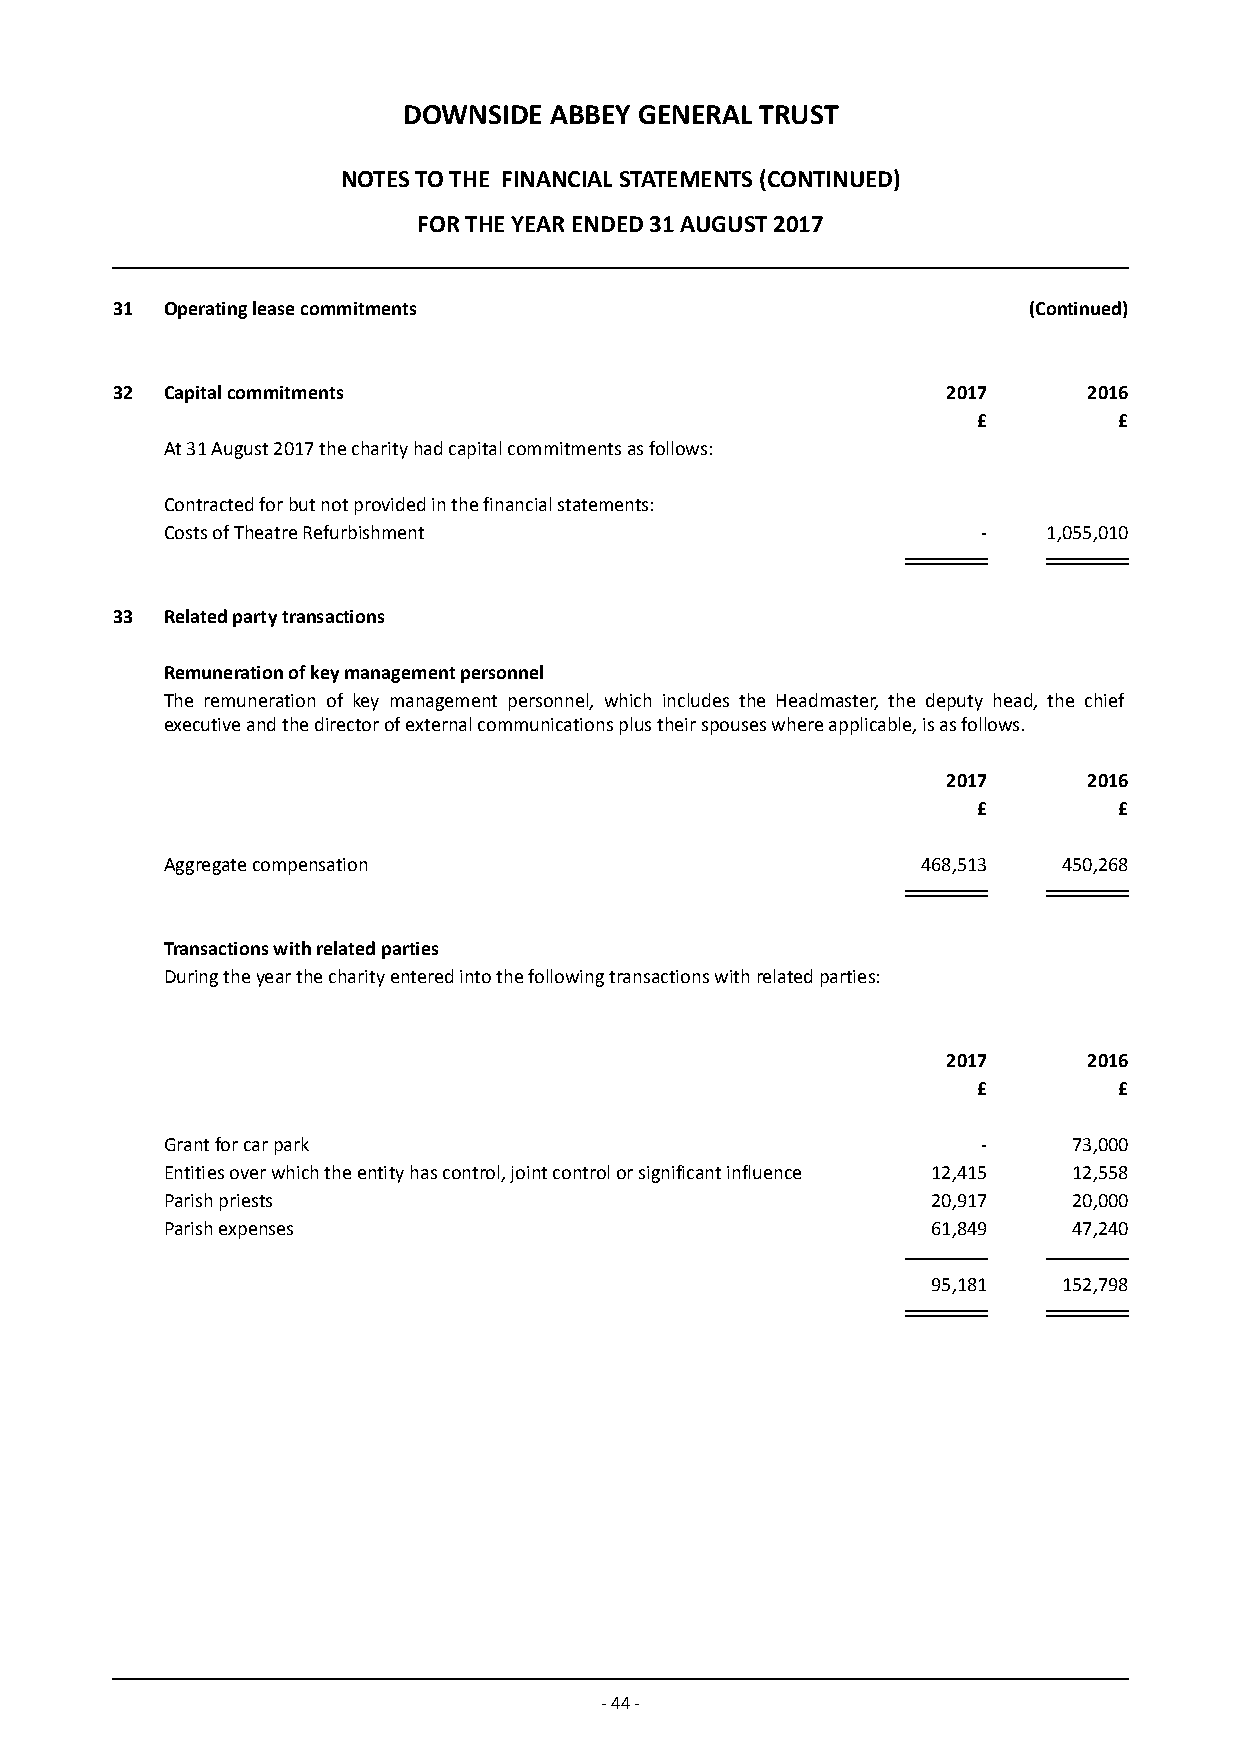
DOWNSIDE ABBEY GENERAL TRUST
 NOTES TO THE FINANCIAL STATEMENTS (CONTINUED)
 FOR THE YEAR ENDED 31 AUGUST 2017
 31  Operating lease commitments                              (Continued)
 32  Capital commitments                                 2017     2016
 £        £
 At 31 August 2017 the charity had capital commitments as follows:
 Contracted for but not provided in the financial statements:
 Costs of Theatre Refurbishment                        -   1,055,010
 33  Related party transactions
 Remuneration of key management personnel
 The remuneration of key management personnel, which includes the Headmaster, the deputy head, the chief
 executive and the director of external communications plus their spouses where applicable, is as follows.
 2017     2016
 £        £
 Aggregate compensation                            468,513  450,268
 Transactions with related parties
 During the year the charity entered into the following transactions with related parties:
 2017     2016
 £        £
 Grant for car park                                    -     73,000
 Entities over which the entity has control, joint control or significant influence 12,415 12,558
 Parish priests                                     20,917   20,000
 Parish expenses                                    61,849   47,240
 95,181  152,798
 - 44 -